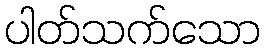
ပါတ်သက်သော